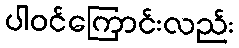
ပါဝင်ကြောင်းလည်း